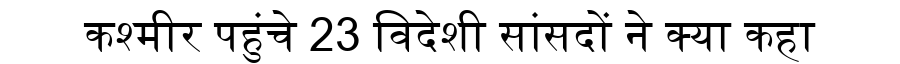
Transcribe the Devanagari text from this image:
कश्मीर पहुंचे 23 विदेशी सांसदों ने क्या कहा